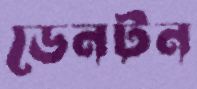
ডেনটন